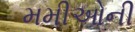
મમીઓની